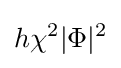
h\chi ^{2}|\Phi |^{2}